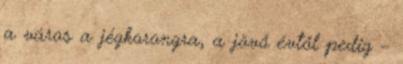
a város a jégkorongra, a jövő évtől pedig –